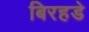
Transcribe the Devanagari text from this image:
बिरहडे